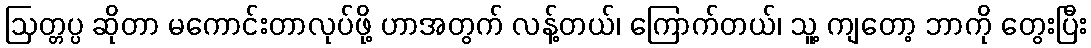
ဩတ္တပ္ပ ဆိုတာ မကောင်းတာလုပ်ဖို့ ဟာအတွက် လန့်တယ်၊ ကြောက်တယ်၊ သူ့ ကျတော့ ဘာကို တွေးပြီး